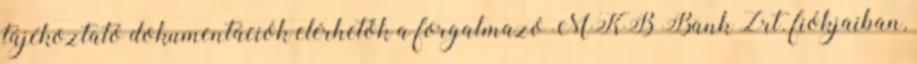
tájékoztató dokumentációk elérhetők a forgalmazó MKB Bank Zrt. fiókjaiban,